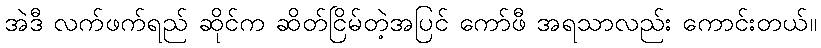
အဲဒီ လက်ဖက်ရည် ဆိုင်က ဆိတ်ငြိမ်တဲ့အပြင် ကော်ဖီ အရသာလည်း ကောင်းတယ်။